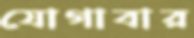
যোগাবার